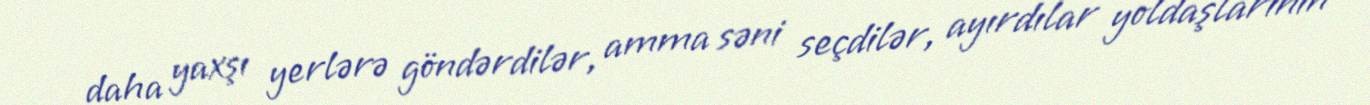
daha yaxşı yerlərə göndərdilər, amma səni seçdilər, ayırdılar yoldaşlarının